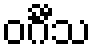
ဝင်္ဂီသ